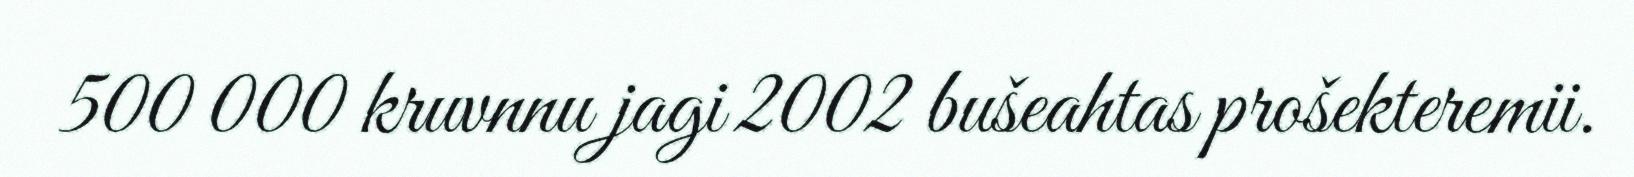
500 000 kruvnnu jagi 2002 bušeahtas prošekteremii.